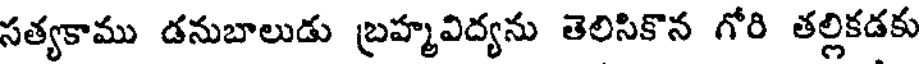
సత్యకాము డనుబాలుడు బ్రహ్మవిద్యను తెలిసికొన గోరి తల్లికడకు